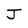
Character: J